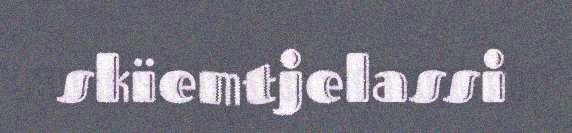
skïemtjelassi